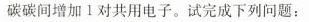
碳碳间增加Ⅰ对共用电子。试完成下列问题：